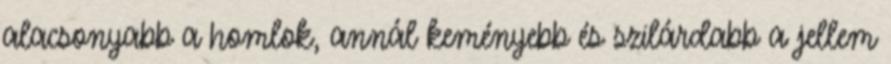
alacsonyabb a homlok, annál keményebb és szilárdabb a jellem